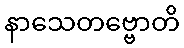
နာသေတဗ္ဗောတိ